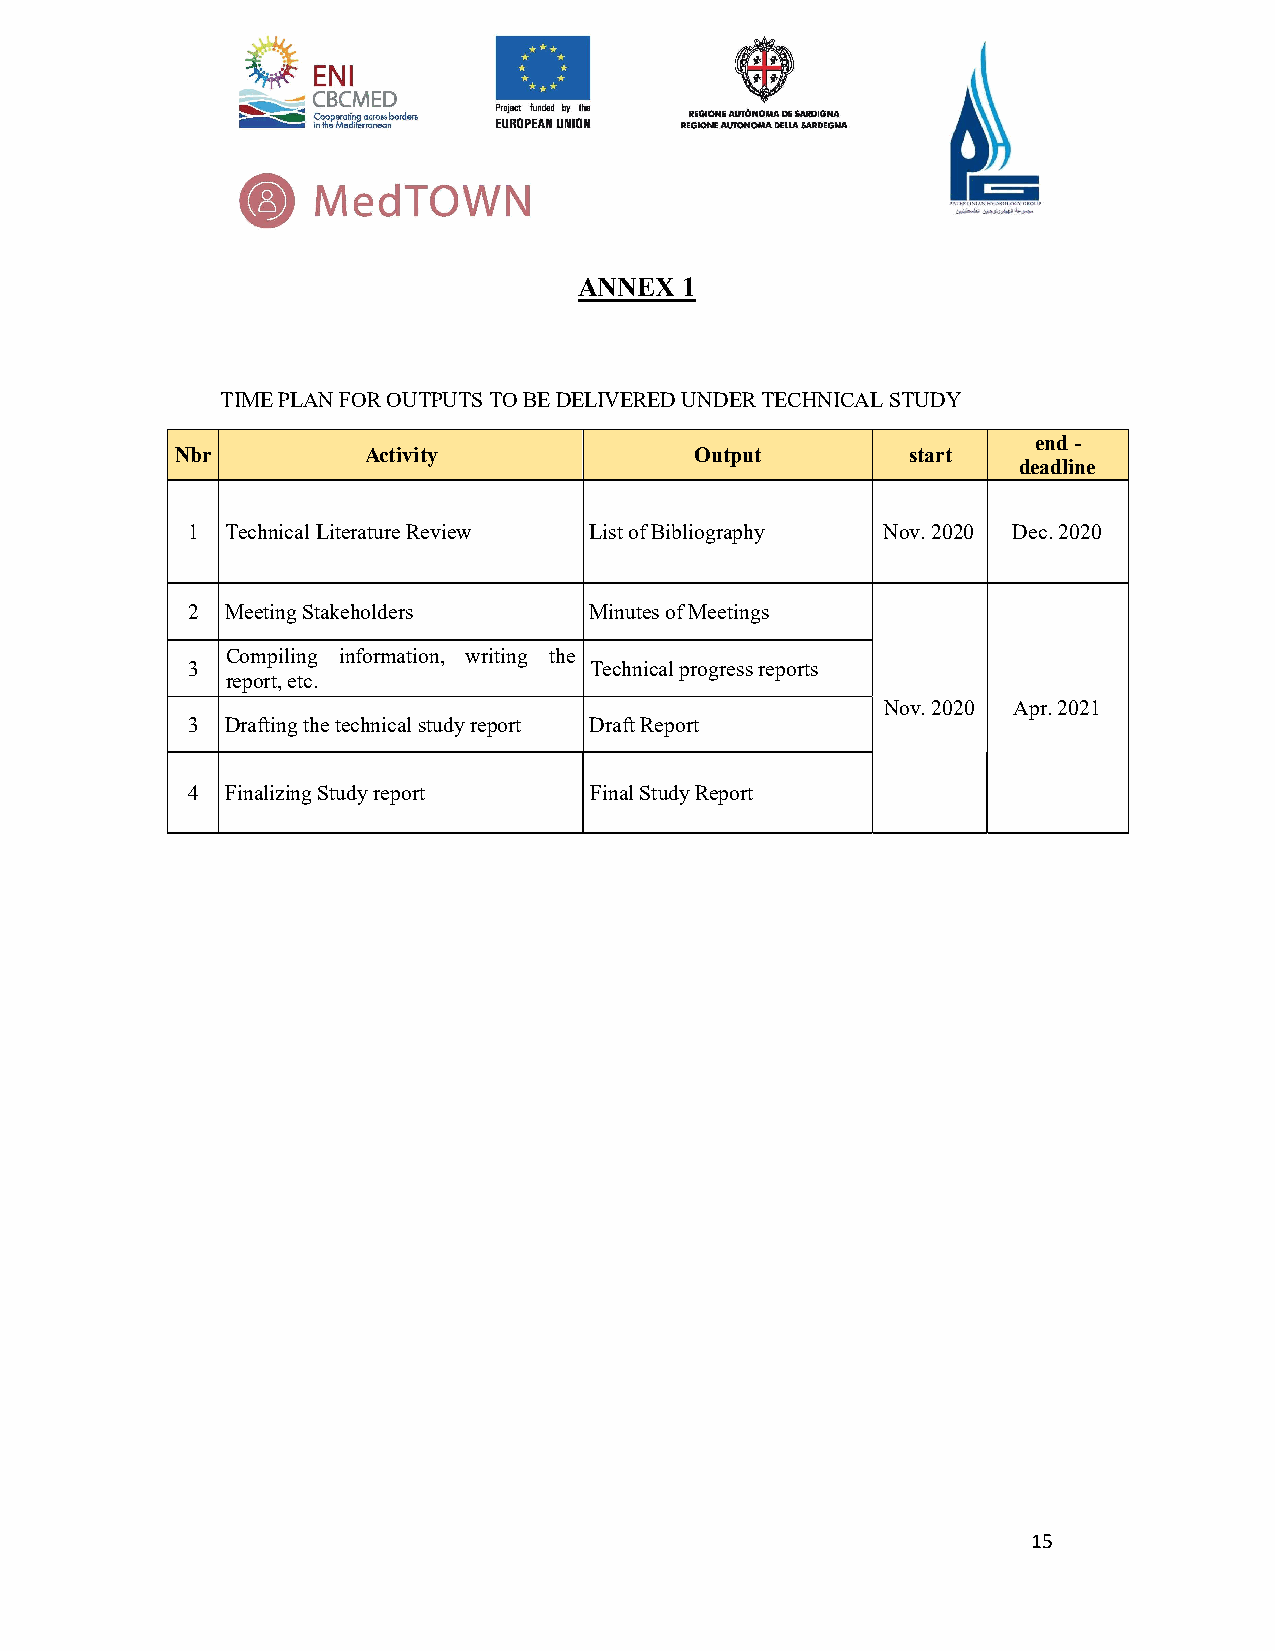
ANNEX  1
 TIME PLAN FOR OUTPUTS TO BE DELIVERED UNDER TECHNICAL STUDY
 end -
 Nbr         Activity              Output        start
 deadline
 1  Technical Literature Review List of Bibliography Nov. 2020 Dec. 2020
 2  Meeting Stakeholders    Minutes of Meetings
 Compiling information, writing the
 3                          Technical progress reports
 report, etc.
 Nov. 2020 Apr. 2021
 3  Drafting the technical study report Draft Report
 4  Finalizing Study report Final Study Report
 15